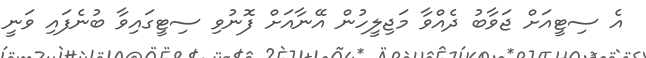
އެ ސިޓީއަށް ޖަވާބު ދެއްވާ މަޖިލީހުން އޭނާއަށް ފޮނުވި ސިޓީގައިވާ ބުނެފައި ވަނީ